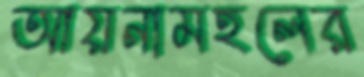
আয়নামহলের